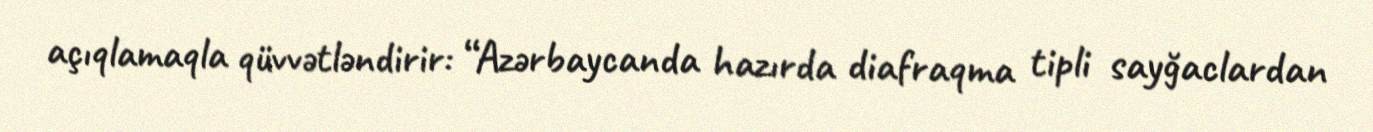
açıqlamaqla qüvvətləndirir: “Azərbaycanda hazırda diafraqma tipli sayğaclardan